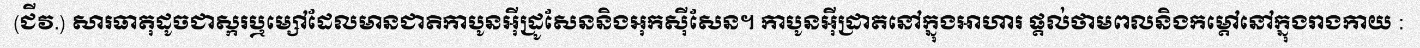
(ជីវ.) សារធាតុដូចជាស្ករឬម្សៅដែលមានជាតិកាបូនអ៊ីដ្រូសែននិងអុកស៊ីសែន។ កាបូនអ៊ីដ្រាតនៅក្នុងអាហារ ផ្តល់ថាមពលនិងកម្តៅនៅក្នុងរាងកាយ :